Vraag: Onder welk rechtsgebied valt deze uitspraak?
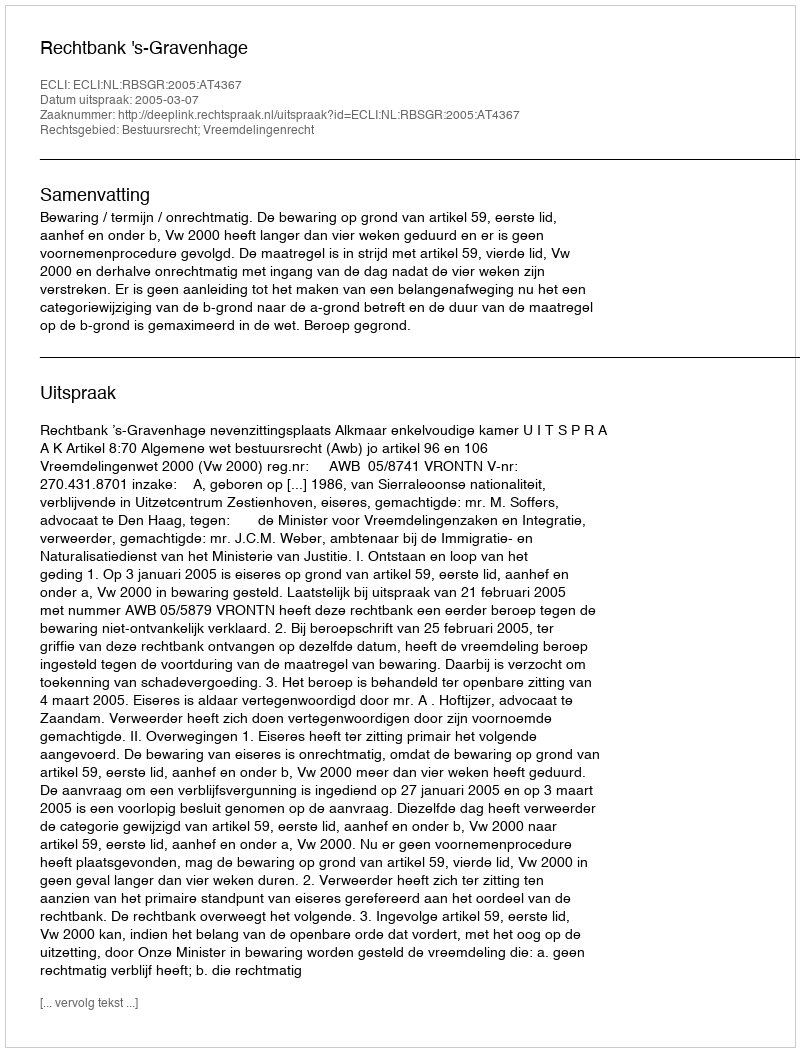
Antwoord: Bestuursrecht; Vreemdelingenrecht